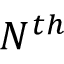
N ^ { t h }